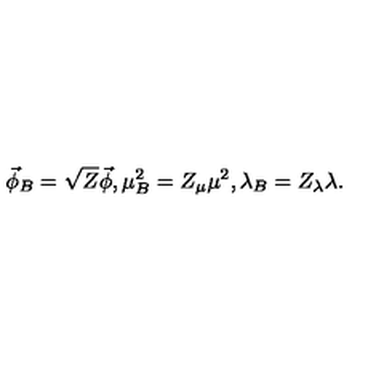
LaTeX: \vec { \phi } _ { B } = \sqrt { Z } \vec { \phi } , \mu _ { B } ^ { 2 } = Z _ { \mu } \mu ^ { 2 } , \lambda _ { B } = Z _ { \lambda } \lambda .